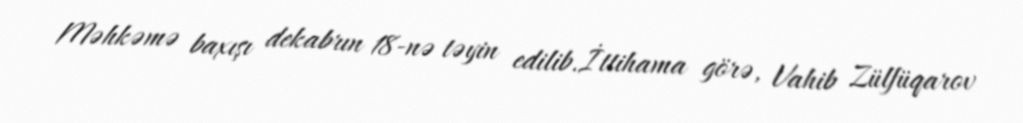
Məhkəmə baxışı dekabrın 18-nə təyin edilib.İttihama görə, Vahib Zülfüqarov